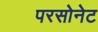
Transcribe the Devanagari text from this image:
परसोनेट